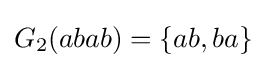
G_{2}(abab)=\{ab,ba\}